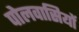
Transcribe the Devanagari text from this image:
पोलवासियों